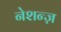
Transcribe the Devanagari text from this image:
नेशन्ज़